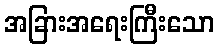
အခြားအရေးကြီးသော